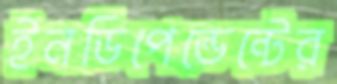
ইনডিপেন্ডেন্টের